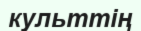
культтің